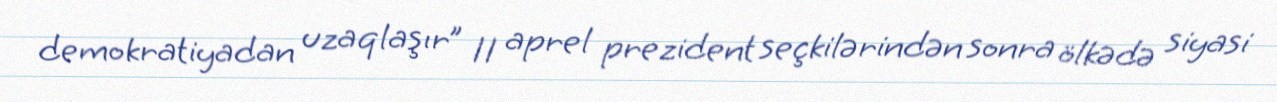
demokratiyadan uzaqlaşır” 11 aprel prezident seçkilərindən sonra ölkədə siyasi